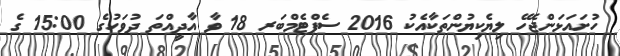
ހުށައަޅަންޖެހޭ ލިޔެކިޔުންތަކާއެކު 2016 ސެޕްޓެމްބަރ 18 ވާ އާދީއްތަ ދުވަހުގެ 15:00 ގެ